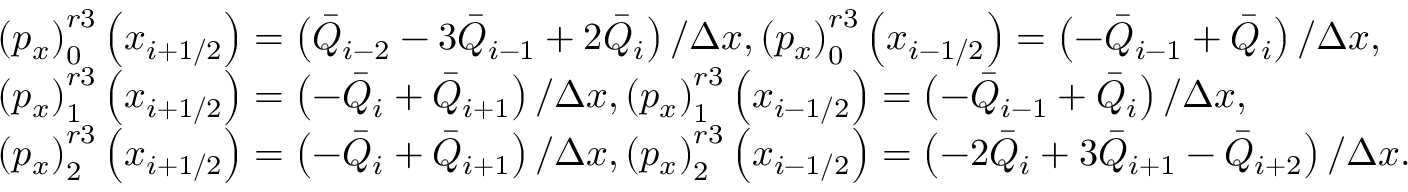
\begin{array} { r l } & { \left( { { p } _ { x } } \right) _ { 0 } ^ { r 3 } \left( { { x } _ { i + 1 / 2 } } \right) = \left( { { { \bar { Q } } } _ { i - 2 } } - 3 { { { \bar { Q } } } _ { i - 1 } } + 2 { { { \bar { Q } } } _ { i } } \right) / \Delta x , \left( { { p } _ { x } } \right) _ { 0 } ^ { r 3 } \left( { { x } _ { i - 1 / 2 } } \right) = \left( - { { { \bar { Q } } } _ { i - 1 } } + { { { \bar { Q } } } _ { i } } \right) / \Delta x , } \\ & { \left( { { p } _ { x } } \right) _ { 1 } ^ { r 3 } \left( { { x } _ { i + 1 / 2 } } \right) = \left( - { { { \bar { Q } } } _ { i } } + { { { \bar { Q } } } _ { i + 1 } } \right) / \Delta x , \left( { { p } _ { x } } \right) _ { 1 } ^ { r 3 } \left( { { x } _ { i - 1 / 2 } } \right) = \left( - { { { \bar { Q } } } _ { i - 1 } } + { { { \bar { Q } } } _ { i } } \right) / \Delta x , } \\ & { \left( { { p } _ { x } } \right) _ { 2 } ^ { r 3 } \left( { { x } _ { i + 1 / 2 } } \right) = \left( - { { { \bar { Q } } } _ { i } } + { { { \bar { Q } } } _ { i + 1 } } \right) / \Delta x , \left( { { p } _ { x } } \right) _ { 2 } ^ { r 3 } \left( { { x } _ { i - 1 / 2 } } \right) = \left( - 2 { { { \bar { Q } } } _ { i } } + 3 { { { \bar { Q } } } _ { i + 1 } } - { { { \bar { Q } } } _ { i + 2 } } \right) / \Delta x . } \end{array}